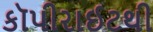
કૉપીરાઈટથી